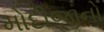
મોદીજીનો